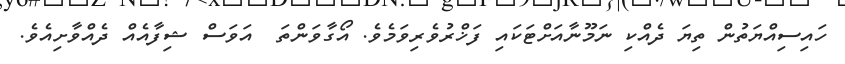
ހައިސިއްޔަތުން ތިޔަ ދެއްކި ނަމޫނާއަށްޓަކައި ފަޚްރުވެރިވަމެވެ. އޯގާވަންތަ  އަވަސް ޝިފާއެއް ދެއްވާށިއެވެ.